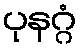
ပုနဂ္ဂံ